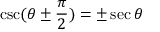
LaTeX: \csc ( \theta \pm { \frac { \pi } { 2 } } ) = \pm \sec \theta